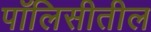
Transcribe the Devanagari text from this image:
पॉलिसीतील